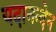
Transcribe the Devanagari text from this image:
यदानन्देन